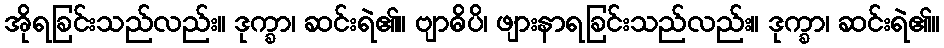
အိုရခြင်းသည်လည်း။ ဒုက္ခာ၊ ဆင်းရဲ၏။ ဗျာဓိပိ၊ ဖျားနာရခြင်းသည်လည်း။ ဒုက္ခာ၊ ဆင်းရဲ၏။